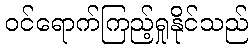
ဝင်ရောက်ကြည့်ရှုနိုင်သည်